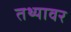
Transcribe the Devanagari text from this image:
तथ्यावर